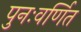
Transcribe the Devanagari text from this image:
पुनःवर्णित